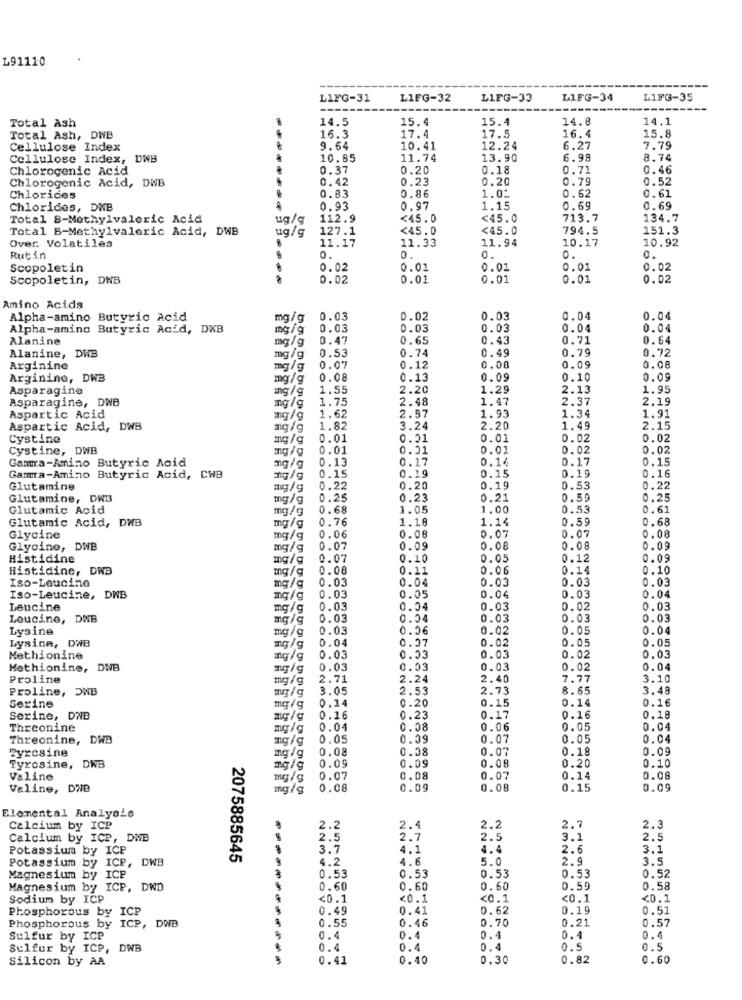
L91110
LIFG-31
LIFG-32
LIFG-33
LIFG-34
LIFG-35
Total Ash
14.5
15.4
15.4
14.8
14.1
Total Ash, DWB
16.3
17.4
17.5
16.4
15.8
Cellulose Index
9.64
10.41
12.24
6.27
7.79
Cellulose Index, DWB
10.85
11.74
13.90
6.98
8.74
Chlorogenic Acid
0.37
0.20
0.18
0.71
0.46
Chlorogenic Acid, DWB
.42
0.23
0.20
0.79
0.52
0.83
0.86
0.62
0.61
Chlorides
1.0:
Chlorides, DNB
0.93
0.97
1.15
0.69
0.69
Total B-Methylvaleric Acid
ug/g
112.9
<45.0
<45.0
713.7
134.7
Total B-Methylvaleric Acid, DWB
ug/g
127.1
<45.0
<45.0
794.5
151.3
11.17
11.33
11.94
10.17
10.92
Over. Volatiles
0.
Rutin
0.
0.
0.
0.
Scopoletin
0.02
0.01
0.01
0.01
0.02
Scopoletin, DWB
0.02
0.01
0.01
0.01
0.02
Amino Acids
Alpha-amino Butyric Acid
mg/g
0.03
0.02
0.03
0.04
0.04
Alpha-amino Butyric Acid, DWB
mg/g
0.03
0.03
0.03
0.04
0.04
Alanine
mg/g
0.47
0.65
0.43
0.71
0.64
0.74
0.49
0.79
0.72
Alanine, DWB
mg/g
0.53
Arginine
mg/g
0.07
0.12
0.00
0.09
0.08
Arginine, DWB
mg/g
0.08
0.13
0.09
0.10
0.09
Asparagine
mg/g
1.55
2.20
1.29
2.13
1.95
Asparagine, DNB
1.75
2.48
1.47
2.37
2.19
mg/g
2.57
1.34
Aspartic Acid
mg/g
1.62
1.93
1.91
Aspartic Acid, DWB
mg/g
1.82
3.24
2.20
1.49
2.15
Cystine
mg/g
0.01
0.51
0.01
0.02
0.02
Cystine, DWB
0.01
0.01
0.01
0.02
0.02
Gamma-Amino Butyric Acid
0.13
0.17
0.14
0.17
0.15
ng/g
0.19
0.15
0.19
0.16
Gamma-Amino Butyric Acid, CWB
1g/g
0.15
Glutamine
mg/g
0.22
0.20
0.19
0.53
0.22
Glutamine, DWB
mg/g
0.25
0.23
0.21
0.59
0.25
Glutamic Acid
mg/g
0.68
1.05
1.00
0.53
0.61
Glutamic Acid, DWB
0.76
1.18
1.14
0.59
0.68
mg/g
0
0.08
Glycine
mg/g
0.06
0.07
0.07
Glycine, DWB
mg/g
0.07
0.09
0.08
0.08
0.09
Histidine
0.07
0.10
0.05
0.12
0.09
Histidine, DWB
0.08
0.11
0.06
0.14
0.10
Iso-Leucine
0.03
0.04
0.03
0.03
0.03
mg/g
0.03
0.05
0.04
Iso-Leucine, DNB
0.04
0.03
Leucine
mg/g
0.03
0.04
0.03
0.02
0
03
Loucino, DNB
mg/g
0.03
0.04
0.03
0.03
0.03
Lysine
0.03
0.06
0.02
0.05
0.04
Lysine, DWB
mg/g
0.04
0.07
0.02
0.05
0.05
mg/g
Methionine
mg/g
0.03
0.33
0.03
0.02
0.03
Methionine, DNB
mg/g
0.03
0.03
0.03
0.02
0.04
Proline
mg/g
2.71
2.24
2.40
7.77
3.10
Proline, OWB
3.05
2.53
2.73
8.65
3.48
0.14
0.20
0.15
0.14
0.16
Serine
Serine, DNB
mg/g
0.16
0.23
0.17
0.16
0.18
Threonine
mg/g
0.04
0.08
0.06
0.05
0.04
Threonine, DWB
mg/g
0.05
0.09
0.07
0.05
0.04
Tyrosine
0.08
0.08
0.07
0.18
0.09
mg/g
0.09
0.20
Tyrosine, DWB
mg/g
0.09
0.08
0.10
Valine
mg/g
0.07
DONMOOOOOOO
0.08
0.07
0.14
0.08
Valine, DWB
mg/g
0.08
0.09
0.00
0.15
0.09
Elemental Analysis
Calcium by ICP
2.2
2.4
2.2
2.7
2.3
Calcium by ICP, DWE
2.5
2.7
2.5
3.1
2.5
Potassium by ICP
3.7
4.1
4.4
2.6
3.1
Potassium by ICP, DWB
2075885645
4.2
4.6
5.0
2.9
3.5
0.53
Magnesium by ICP
0.53
0.53
0.53
0.52
Magnesium by ICP, DWD
0.60
0.60
0.60
0.59
0.58
Sodium by ICP
<0.1
<0.1
<0.1
<0.1
<0.1
Phosphorous by ICP
0.49
0.41
0.62
0.19
0.51
0.46
0.70
0.21
0.57
Phosphorous by ICP, DWB
0.55
Sulfur by ICP
0.4
0.
0.
0.4
Sulfur by ICP, DWB
0.4
0.4
0.5
0.5
Silicon by AA
0.41
0.40
0.30
0.82
0.60